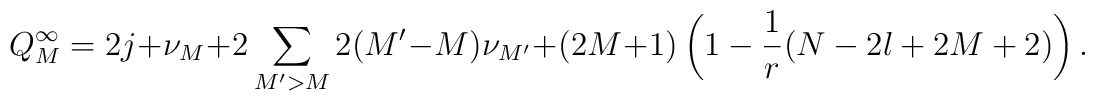
Q_M^{\infty} = 2j+\nu_M+2\sum_{M'>M}2(M'-M)\nu_{M'}+(2M+1)\left( 1-\frac{1}{r}(N-2l+2M+2)\right).